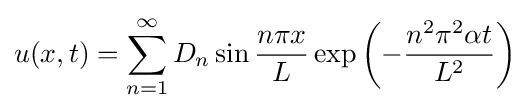
u(x,t)=\sum _{n=1}^{\infty }D_{n}\sin {\frac {n\pi x}{L}}\exp \left(-{\frac {n^{2}\pi ^{2}\alpha t}{L^{2}}}\right)